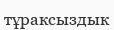
тұраксыздык